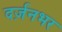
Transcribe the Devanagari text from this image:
दर्ज़नभर